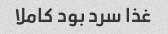
غذا سرد بود کاملا